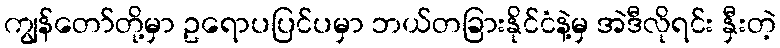
ကျွန်တော်တို့မှာ ဥရောပပြင်ပမှာ ဘယ်တခြားနိုင်ငံနဲ့မှ အဲဒီလိုရင်း နှီးတဲ့